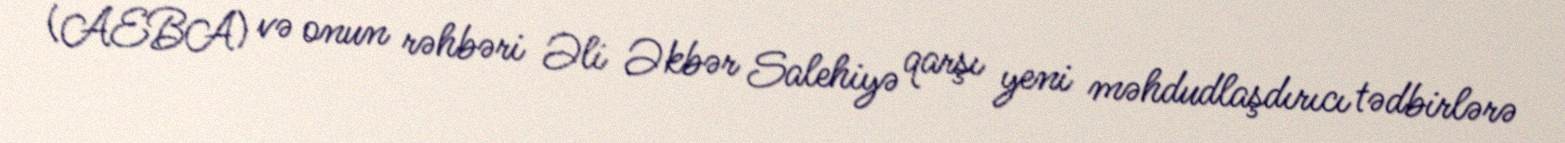
(AEBA) və onun rəhbəri Əli Əkbər Salehiyə qarşı yeni məhdudlaşdırıcı tədbirlərə